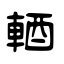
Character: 輏